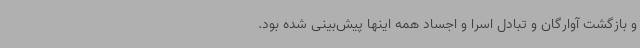
و بازگشت آوارگان و تبادل اسرا و اجساد همه اینها پیش‌بینی شده بود.